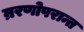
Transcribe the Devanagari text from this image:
म्ररणोपरान्त